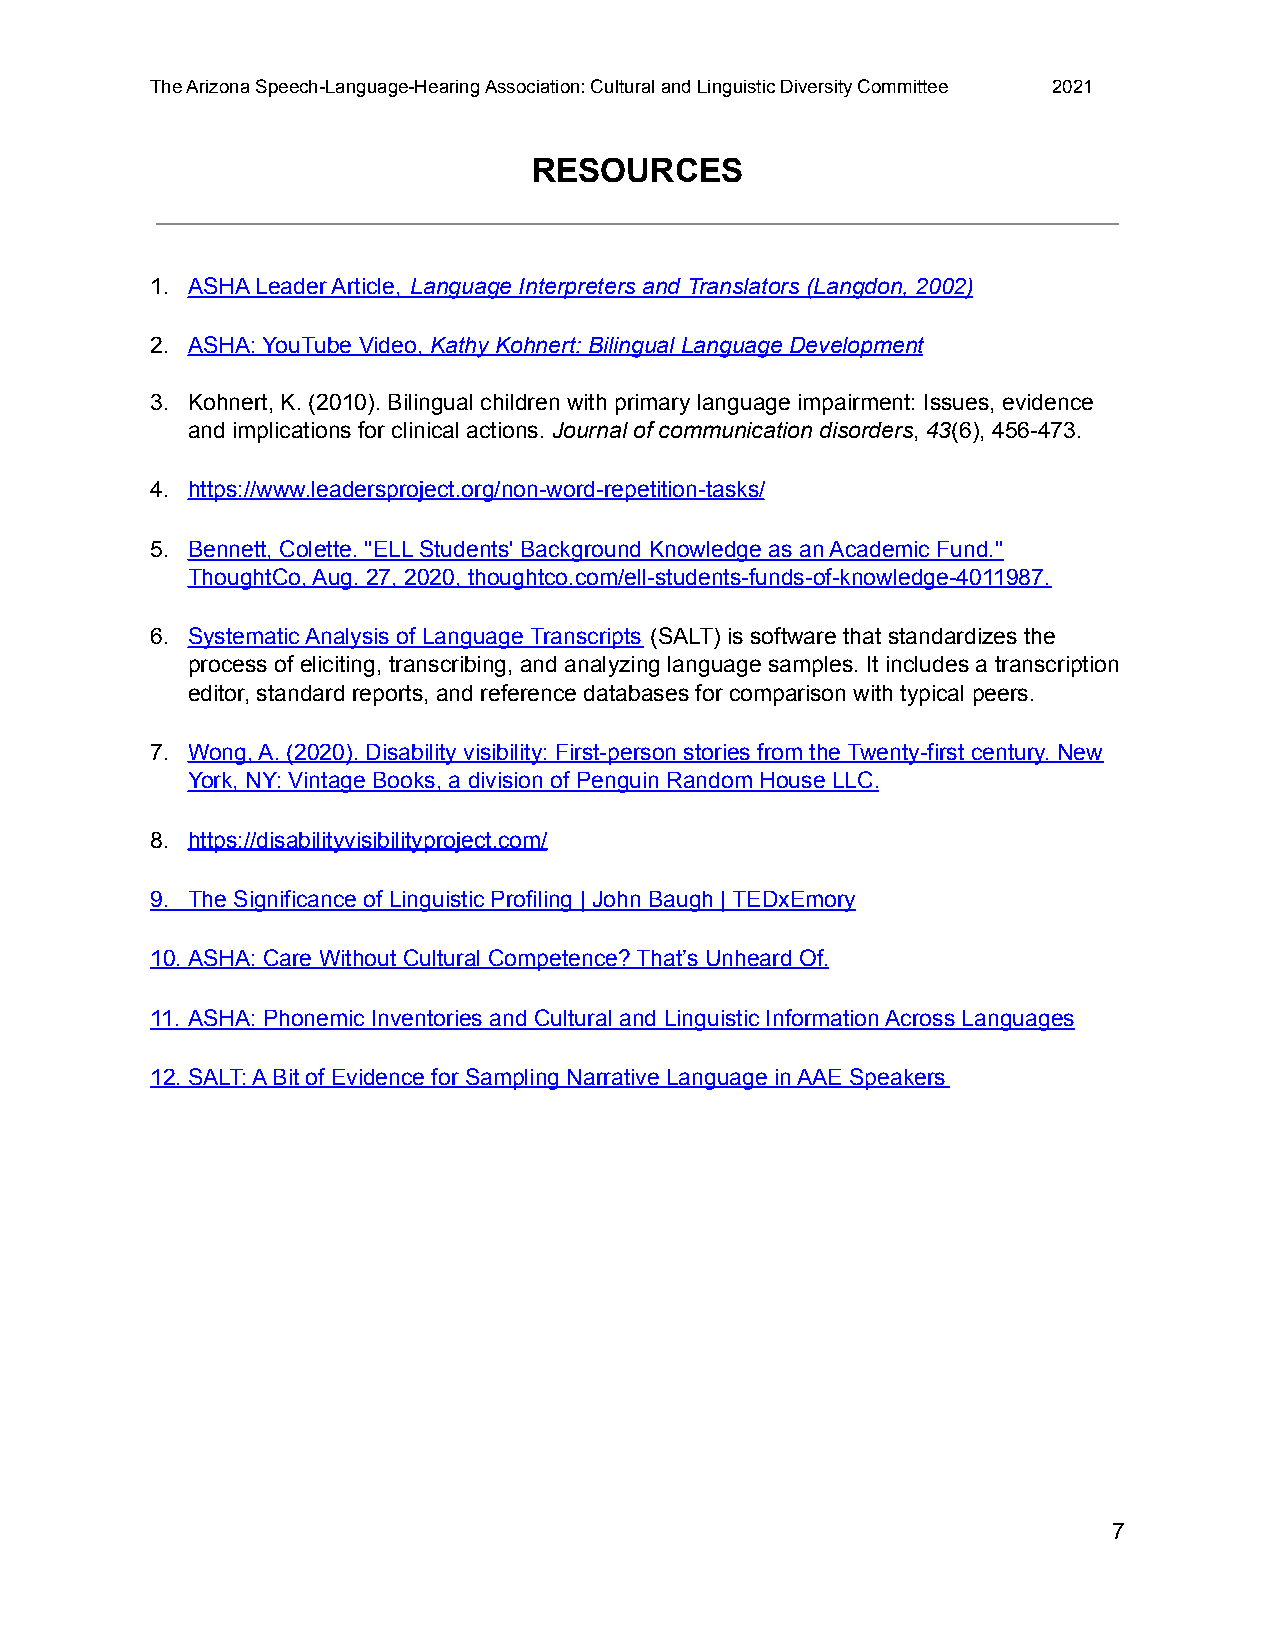
The Arizona Speech-Language-Hearing Association: Cultural and Linguistic Diversity Committee 2021
 RESOURCES
 1. ASHA Leader Article, Language Interpreters and Translators (Langdon, 2002)
 2. ASHA: YouTube Video, Kathy Kohnert: Bilingual Language Development
 3. Kohnert, K. (2010). Bilingual children with primary language impairment: Issues, evidence
 and implications for clinical actions. Journal of communication disorders, 43(6), 456-473.
 4. https://www.leadersproject.org/non-word-repetition-tasks/
 5. Bennett, Colette. "ELL Students' Background Knowledge as an Academic Fund."
 ThoughtCo, Aug. 27, 2020, thoughtco.com/ell-students-funds-of-knowledge-4011987.
 6. Systematic Analysis of Language Transcripts (SALT) is software that standardizes the
 process of eliciting, transcribing, and analyzing language samples. It includes a transcription
 editor, standard reports, and reference databases for comparison with typical peers.
 7. Wong, A. (2020). Disability visibility: First-person stories from the Twenty-first century. New
 York, NY: Vintage Books, a division of Penguin Random House LLC.
 8. https://disabilityvisibilityproject.com/
 9. The Significance of Linguistic Profiling | John Baugh | TEDxEmory
 10.ASHA: Care Without Cultural Competence? That’s Unheard Of.
 11. ASHA: Phonemic Inventories and Cultural and Linguistic Information Across Languages
 12.SALT: A Bit of Evidence for Sampling Narrative Language in AAE Speakers
 7